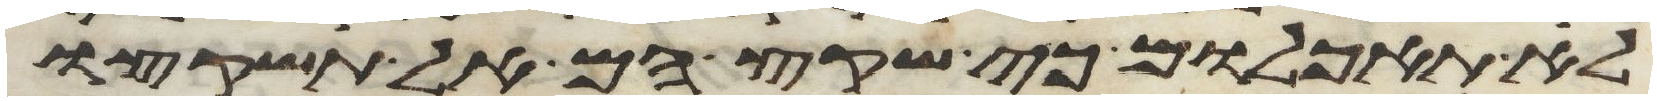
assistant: לא תאכלום כי שקץ הם אל תשקצו